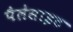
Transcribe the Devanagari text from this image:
पैलेसाइट